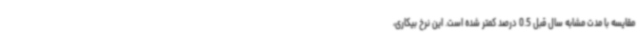
مقایسه با مدت مشابه سال قبل 0.5 درصد کمتر شده است. این نرخ بیکاری،